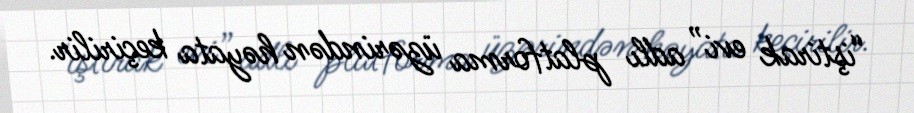
“iştirak evi” adlı platforma üzərindən həyata keçirilir.